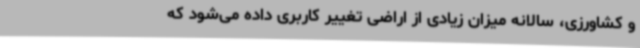
و کشاورزی، سالانه میزان زیادی از اراضی تغییر کاربری داده می‌شود که